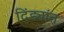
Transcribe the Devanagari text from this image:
दिंड्यांत